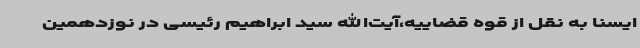
ایسنا به نقل از قوه قضاییه،آیت‌الله سید ابراهیم رئیسی در نوزدهمین